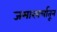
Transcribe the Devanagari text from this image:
जमाखर्चातून